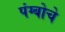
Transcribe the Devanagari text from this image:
पंग्बोचे